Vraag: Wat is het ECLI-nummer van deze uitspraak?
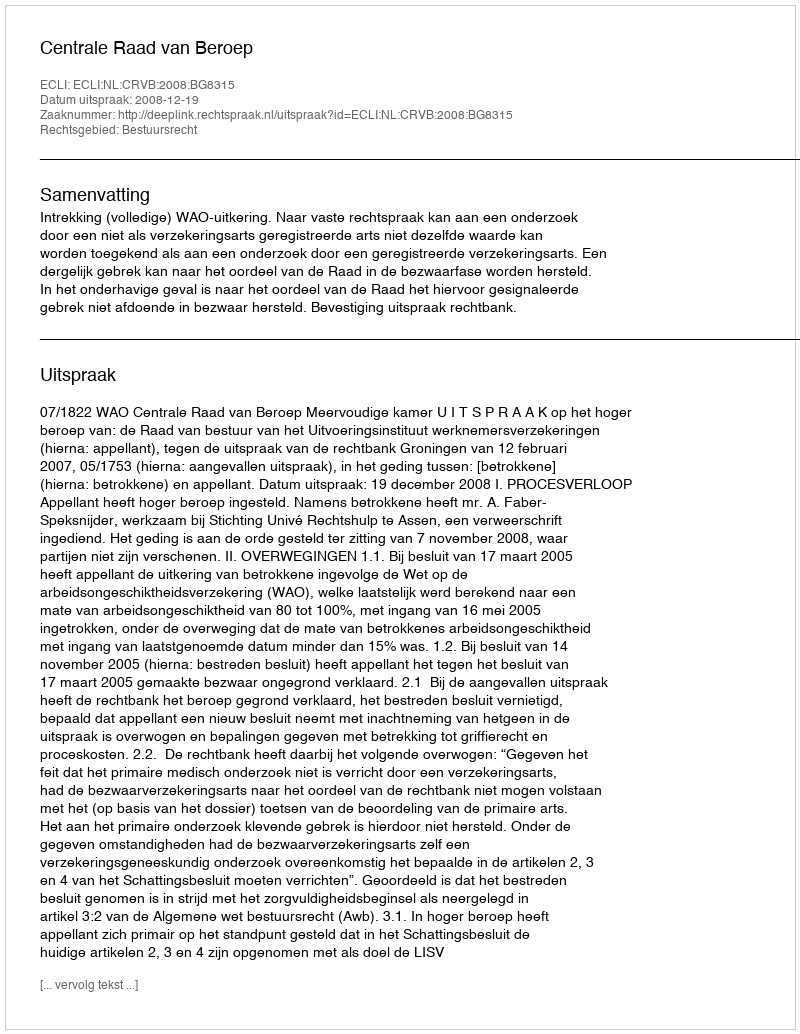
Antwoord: ECLI:NL:CRVB:2008:BG8315